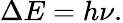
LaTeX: \Delta E=h\nu.